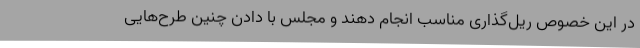
در این خصوص ریل‌گذاری مناسب انجام دهند و مجلس با دادن چنین طرح‌هایی